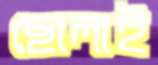
ছোলাই